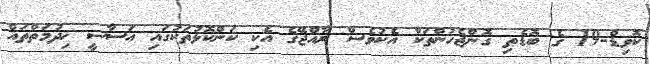
ކޮވިޑް-19 ގެ ބޮޑެތި ގޮންޖެހުންތަކާ އެކުވެސް ރާއްޖޭގެ އެކި ކަންކޮޅުތަކުގައި އަސާސީ ޚިދުމަތްތައް